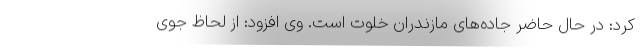
کرد: در حال حاضر جاده‌های مازندران خلوت است. وی افزود: از لحاظ جوی